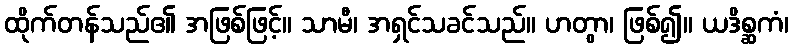
ထိုက်တန်သည်၏ အဖြစ်ဖြင့်။ သာမီ၊ အရှင်သခင်သည်။ ဟတွာ၊ ဖြစ်၍။ ယဒိစ္ဆကံ၊